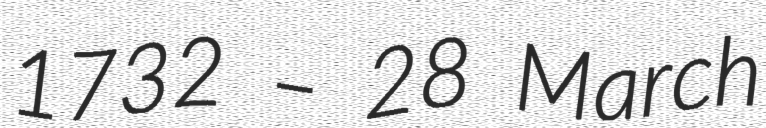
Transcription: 1732 – 28 March